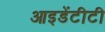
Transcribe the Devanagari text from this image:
आइडेंटीटी